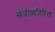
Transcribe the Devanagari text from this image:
खेळीव्यतिरिक्त